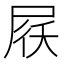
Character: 𡱱